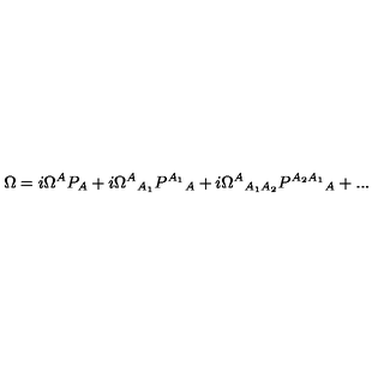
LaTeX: \Omega = i \Omega ^ { A } P _ { A } + i { \Omega ^ { A } } _ { A _ { 1 } } { P ^ { A _ { 1 } } } _ { A } + i { \Omega ^ { A } } _ { A _ { 1 } A _ { 2 } } { P ^ { A _ { 2 } A _ { 1 } } } _ { A } + . . .